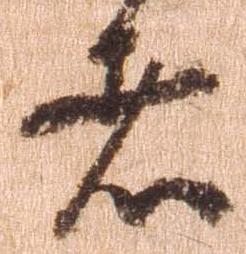
者